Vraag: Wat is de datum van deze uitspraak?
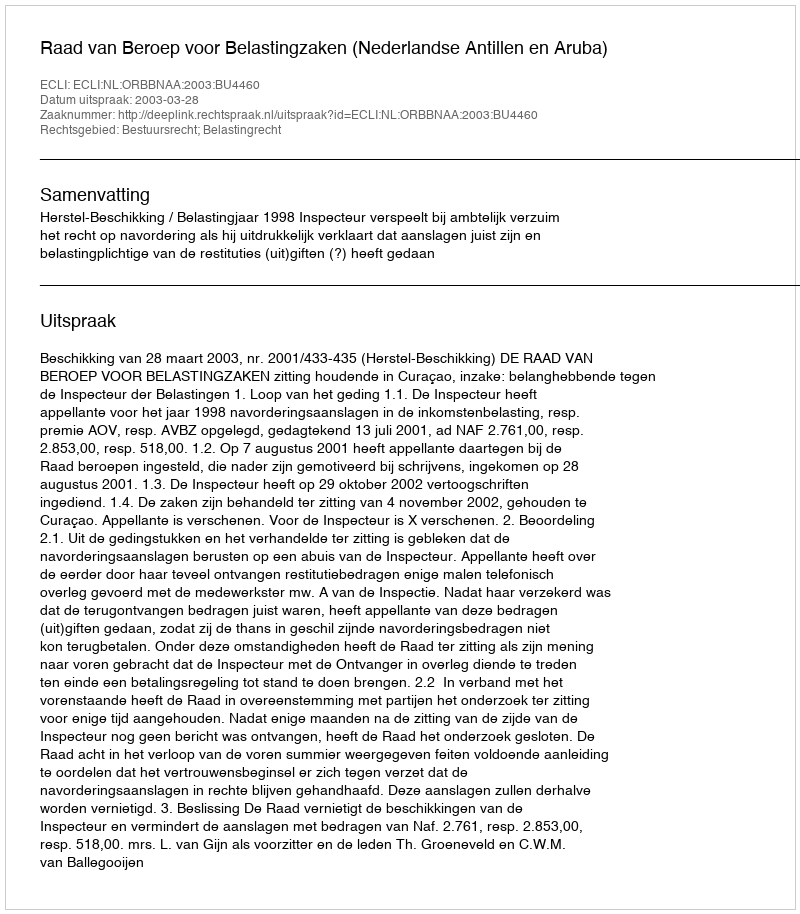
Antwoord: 2003-03-28